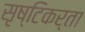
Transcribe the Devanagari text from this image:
सृष्‍टिकर्ता